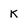
Character: K